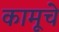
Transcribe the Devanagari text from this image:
कामूचे